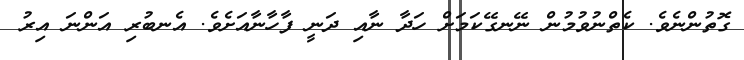
ގޮތުންނެވެ. ކެތްނުވުމުން ނޭނގޭކަމަށް ހަދާ ނާއި ދަނީ ފާހާނާއަށެވެ. އެނބުރި އަންނަ އިރު